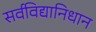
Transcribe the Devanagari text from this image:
सर्वविद्यानिधान